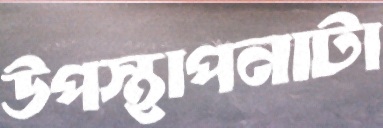
উপস্থাপনাটা